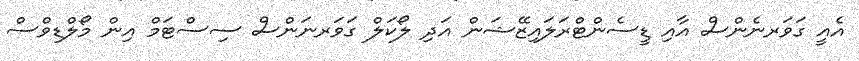
އެއީ ގަވަރނެންސް އާއި ޑީސެންޓްރަލައިޒޭޝަން އަދި ލޯކަލް ގަވަރނަންސް ސިސްޓަމް އިން މޯލްޑިވްސް